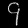
Digit: ၄